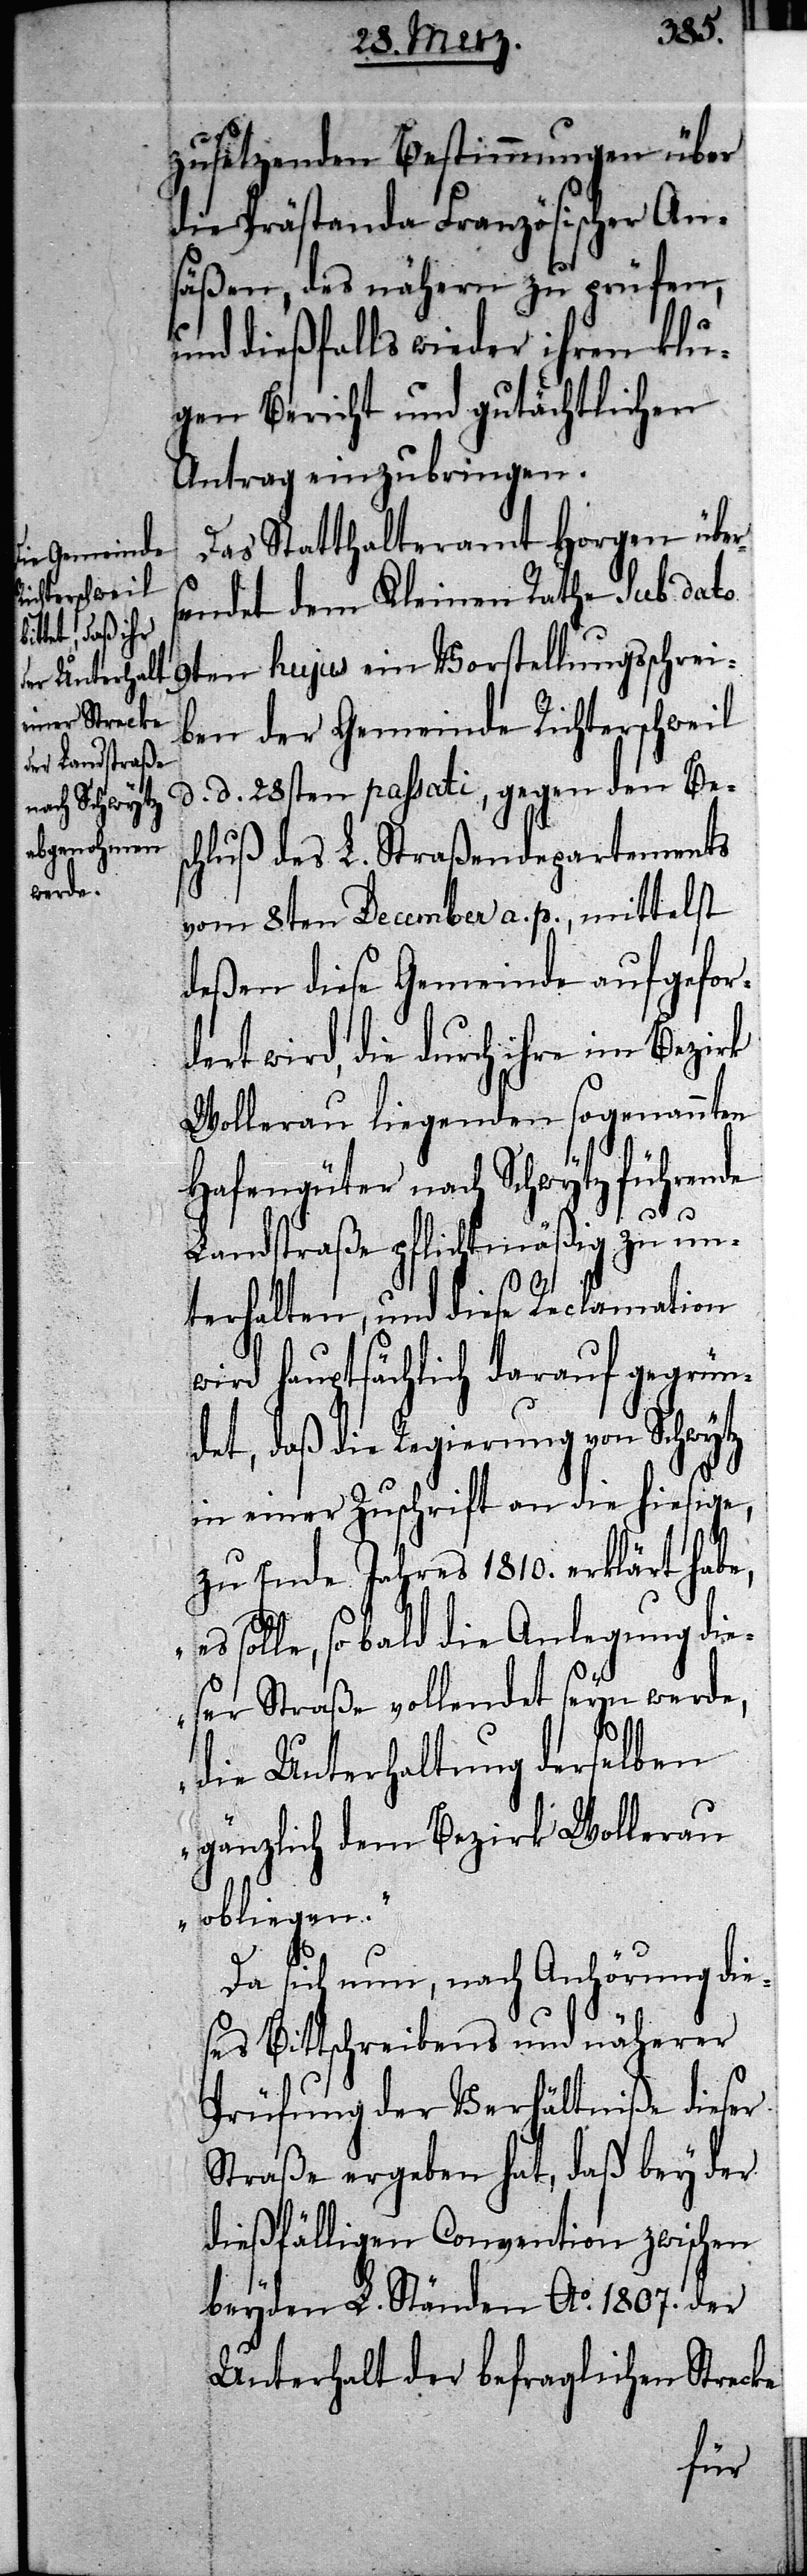
zusetzenden Bestimmungen über
die Prästanda Französischer An¬
säßen, des nähern zu prüfen,
und dießfalls wieder ihren klu¬
gen Bericht und gutächtlichen
Antrag einzubringen.
Das Statthalteramt Horgen über¬
sendet dem Kleinen Rathe sub dato
9ten hujus ein Vorstellungsschrei¬
ben der Gemeinde Richterschweil
d. d. 28sten passati, gegen den Bes¬
chluß des L. Straßendepartements
vom 8ten December a. p., mittelst
deßen diese Gemeinde aufgefor¬
dert wird, die durch ihre im Bezirk
Wollerau liegenden sogenannten
Hafengüter nach Schwytz führende
Landstraße pflichtmäßig zu un¬
terhalten, und diese Reclamation
wird hauptsächlich darauf gegrün¬
det, daß die Regierung von Schwytz
in einer Zuschrift an die hiesige,
zu Ende Jahres 1810. erklärt habe,
„es solle, so bald die Anlegung die¬
ser Straße vollendet seyn werde,
die Unterhaltung derselben
gänzlich dem Bezirk Wollerau
obliegen.“
Da sich nun, nach Anhörung die¬
ses Bittschreibens und näherer
Prüfung der Verhältniße dieser
Straße ergeben hat, daß bey der
dießfälligen Convention zwischen
beyden L. Ständen Ao. 1807. der
Unterhalt der befraglichen Strecke